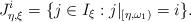
LaTeX: \begin{gather*}J_{\eta,\xi}^{i}=\{j\in I_\xi: j|_{[\eta,\omega_1)}=i\}.\end{gather*}